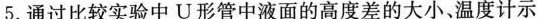
5.通过比较实验中U形管中液面的高度差的大小。温度计示